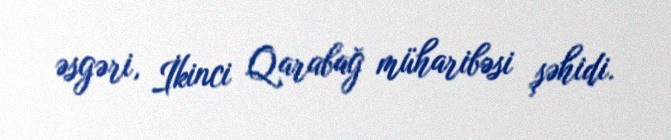
əsgəri, İkinci Qarabağ müharibəsi şəhidi.